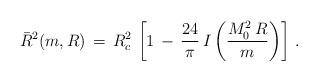
LaTeX: \begin{align*}\bar R^2(m,R)\,=\,R_c^2\,\left[1\,-\,\frac{24}{\pi}\,I\left(\frac{M_0^2\,R}{m}\right)\right]\,{.}\end{align*}